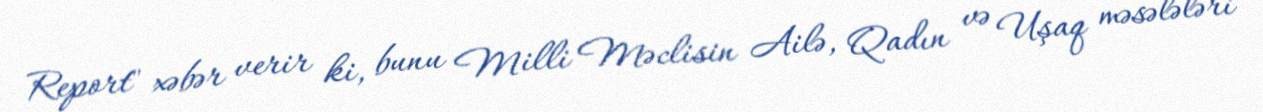
Report" xəbər verir ki, bunu Milli Məclisin Ailə, Qadın və Uşaq məsələləri